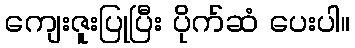
ကျေးဇူးပြုပြီး ပိုက်ဆံ ပေးပါ။